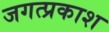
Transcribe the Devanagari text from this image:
जगत्प्रकाश